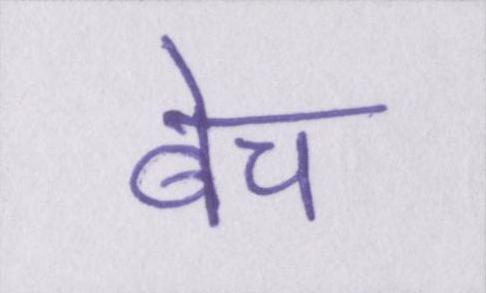
बेच